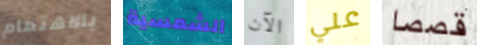
بالاهتمام الشمسية الآن علي قصصا